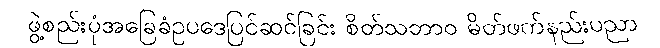
ဖွဲ့စည်းပုံအခြေခံဥပဒေပြင်ဆင်ခြင်း စိတ်သဘာဝ မိတ်ဖက်နည်းပညာ